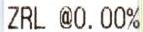
ZRL @0.00%